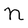
Character: N